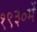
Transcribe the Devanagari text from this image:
१९३०में